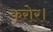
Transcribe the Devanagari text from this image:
करोर।